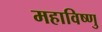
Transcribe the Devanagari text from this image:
महाविष्‍णु